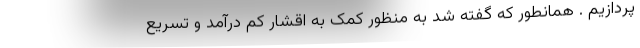
پردازیم . همانطور که گفته شد به منظور کمک به اقشار کم درآمد و تسریع